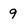
Character: 9